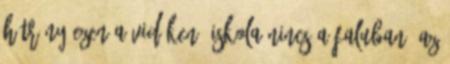
hátrány ezen a vidéken. Iskola nincs a faluban. Az